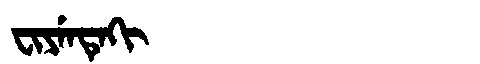
Manchu: ᠸᡳᠶᡝᠨᡨᡝᡴᡳ
Romanization: FIYENTEKI